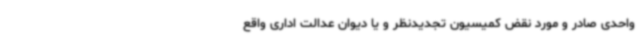
واحدی صادر و مورد نقض کمیسیون تجدیدنظر و یا دیوان عدالت اداری واقع